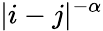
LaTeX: \vert i-j\vert^{-\alpha}